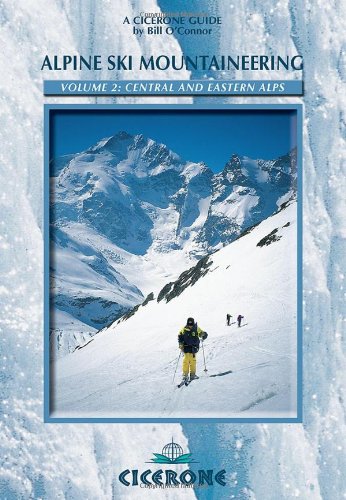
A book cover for Alpine Ski Mountaineering Vol 2 - Central and Eastern Alps (Cicerone Guides); Bill O'Connor; Travel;